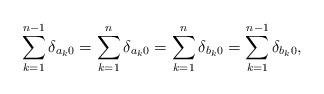
LaTeX: \begin{align*}\sum\limits_{k=1}^{n-1}\delta_{a_k 0}=\sum\limits_{k=1}^{n}\delta_{a_k 0}=\sum\limits_{k=1}^{n}\delta_{b_k 0}=\sum\limits_{k=1}^{n-1}\delta_{b_k 0},\end{align*}